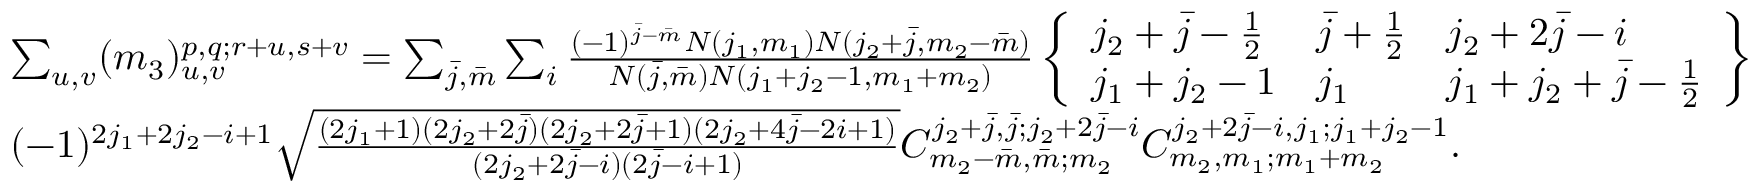
\begin{array} { r l } & { \sum _ { u , v } ( m _ { 3 } ) _ { u , v } ^ { p , q ; r + u , s + v } = \sum _ { \bar { j } , \bar { m } } \sum _ { i } \frac { ( - 1 ) ^ { \bar { j } - \bar { m } } N ( j _ { 1 } , m _ { 1 } ) N ( j _ { 2 } + \bar { j } , m _ { 2 } - \bar { m } ) } { N ( \bar { j } , \bar { m } ) N ( j _ { 1 } + j _ { 2 } - 1 , m _ { 1 } + m _ { 2 } ) } \left\{ \begin{array} { l l l } { j _ { 2 } + \bar { j } - \frac { 1 } { 2 } } & { \bar { j } + \frac { 1 } { 2 } } & { j _ { 2 } + 2 \bar { j } - i } \\ { j _ { 1 } + j _ { 2 } - 1 } & { j _ { 1 } } & { j _ { 1 } + j _ { 2 } + \bar { j } - \frac { 1 } { 2 } } \end{array} \right\} } \\ & { ( - 1 ) ^ { 2 j _ { 1 } + 2 j _ { 2 } - i + 1 } \sqrt { \frac { ( 2 j _ { 1 } + 1 ) ( 2 j _ { 2 } + 2 \bar { j } ) ( 2 j _ { 2 } + 2 \bar { j } + 1 ) ( 2 j _ { 2 } + 4 \bar { j } - 2 i + 1 ) } { ( 2 j _ { 2 } + 2 \bar { j } - i ) ( 2 \bar { j } - i + 1 ) } } C _ { m _ { 2 } - \bar { m } , \bar { m } ; m _ { 2 } } ^ { j _ { 2 } + \bar { j } , \bar { j } ; j _ { 2 } + 2 \bar { j } - i } C _ { m _ { 2 } , m _ { 1 } ; m _ { 1 } + m _ { 2 } } ^ { j _ { 2 } + 2 \bar { j } - i , j _ { 1 } ; j _ { 1 } + j _ { 2 } - 1 } . } \end{array}